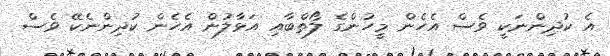
އެ ކުދިންނަކީ ވެސް އެހެން މީހުންގެ ލޯތްބާއި އަޅާލުން އެހެން ކުދިންނެކޭ ވެސް